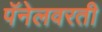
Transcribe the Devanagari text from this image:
पॅनेलवरती